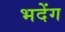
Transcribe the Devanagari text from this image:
भदेंग